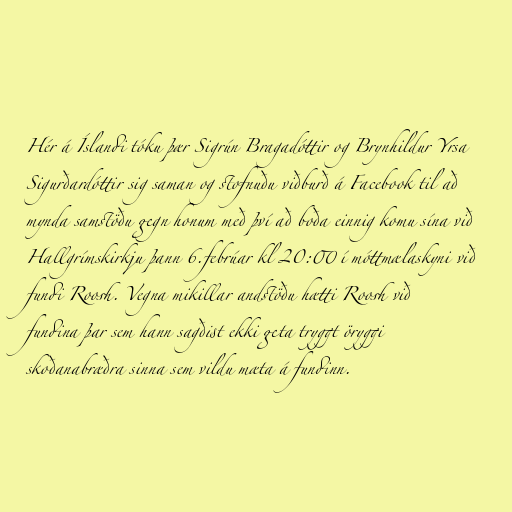
Hér á Íslandi tóku þær Sigrún Bragadóttir og Brynhildur Yrsa
Sigurðardóttir sig saman og stofnuðu viðburð á Facebook til að
mynda samstöðu gegn honum með því að boða einnig komu sína við
Hallgrímskirkju þann 6.febrúar kl 20:00 í móttmælaskyni við
fundi Roosh. Vegna mikillar andstöðu hætti Roosh við
fundina þar sem hann sagðist ekki geta tryggt öryggi
skoðanabræðra sinna sem vildu mæta á fundinn.